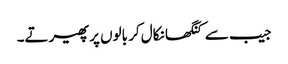
جیب سے کنگھا نکال کر بالوں پر پھیرتے۔